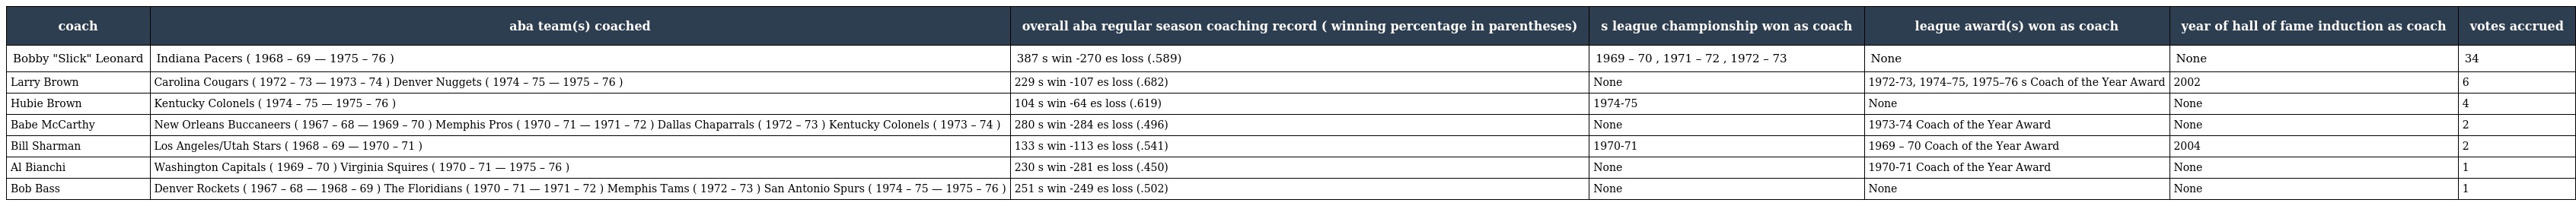
| coach | aba team(s) coached | overall aba regular season coaching record ( winning percentage in parentheses) | s league championship won as coach | league award(s) won as coach | year of hall of fame induction as coach | votes accrued |
 | --- | --- | --- | --- | --- | --- | --- |
 | Bobby "Slick" Leonard | Indiana Pacers ( 1968 – 69 — 1975 – 76 ) | 387 s win -270 es loss (.589) | 1969 – 70 , 1971 – 72 , 1972 – 73 | None | None | 34 |
 | Larry Brown | Carolina Cougars ( 1972 – 73 — 1973 – 74 ) Denver Nuggets ( 1974 – 75 — 1975 – 76 ) | 229 s win -107 es loss (.682) | None | 1972-73, 1974–75, 1975–76 s Coach of the Year Award | 2002 | 6 |
 | Hubie Brown | Kentucky Colonels ( 1974 – 75 — 1975 – 76 ) | 104 s win -64 es loss (.619) | 1974-75 | None | None | 4 |
 | Babe McCarthy | New Orleans Buccaneers ( 1967 – 68 — 1969 – 70 ) Memphis Pros ( 1970 – 71 — 1971 – 72 ) Dallas Chaparrals ( 1972 – 73 ) Kentucky Colonels ( 1973 – 74 ) | 280 s win -284 es loss (.496) | None | 1973-74 Coach of the Year Award | None | 2 |
 | Bill Sharman | Los Angeles/Utah Stars ( 1968 – 69 — 1970 – 71 ) | 133 s win -113 es loss (.541) | 1970-71 | 1969 – 70 Coach of the Year Award | 2004 | 2 |
 | Al Bianchi | Washington Capitals ( 1969 – 70 ) Virginia Squires ( 1970 – 71 — 1975 – 76 ) | 230 s win -281 es loss (.450) | None | 1970-71 Coach of the Year Award | None | 1 |
 | Bob Bass | Denver Rockets ( 1967 – 68 — 1968 – 69 ) The Floridians ( 1970 – 71 — 1971 – 72 ) Memphis Tams ( 1972 – 73 ) San Antonio Spurs ( 1974 – 75 — 1975 – 76 ) | 251 s win -249 es loss (.502) | None | None | None | 1 |